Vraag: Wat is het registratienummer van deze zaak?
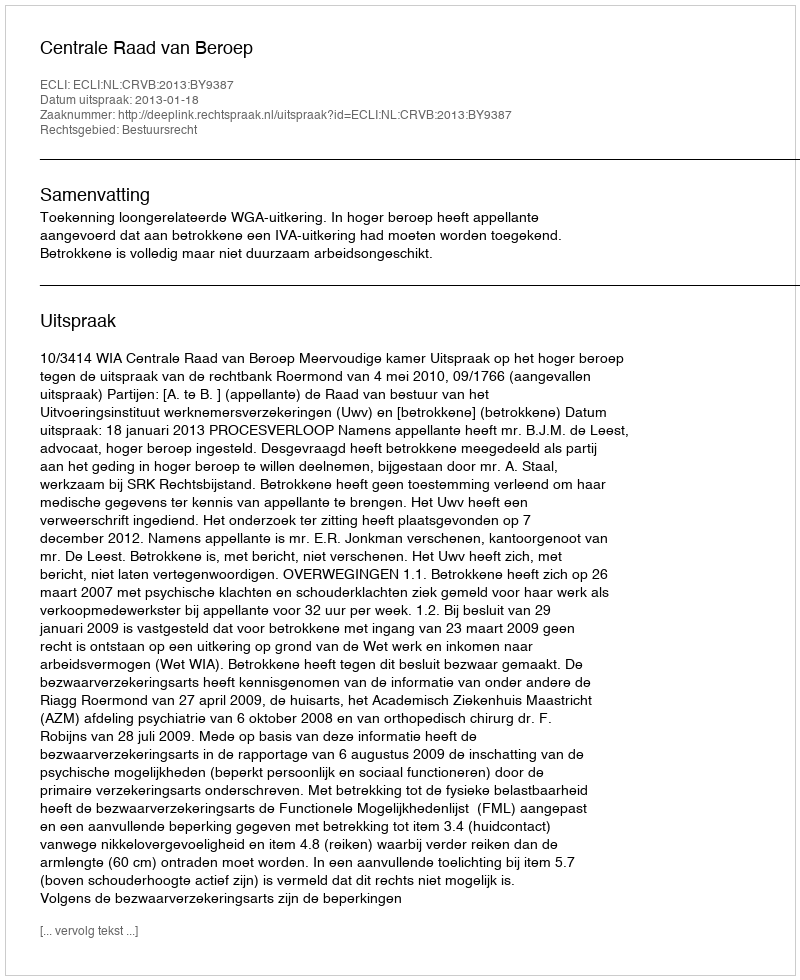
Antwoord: http://deeplink.rechtspraak.nl/uitspraak?id=ECLI:NL:CRVB:2013:BY9387